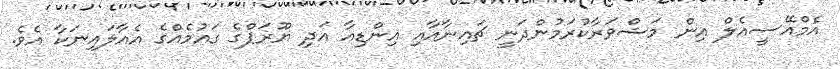
އެމްއޭސީއެލް އިން މަޝްވަރާކުރަމުންދަނީ ޗައިނާއާއި އިންޑިއާ އަދި ޔޫރަޕްގެ ގައުމެއްގެ އެއާލައިނަކާ އެވެ.